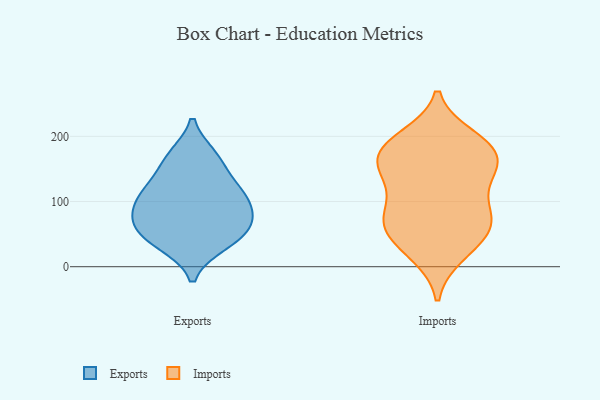
{"axis": {"x": "Inventory Turnover", "y": "Value"}, "legend": ["Exports", "Imports"], "data": [{"x": "", "y": 109, "type": "Exports"}, {"x": "", "y": 115, "type": "Exports"}, {"x": "", "y": 169, "type": "Exports"}, {"x": "", "y": 35, "type": "Exports"}, {"x": "", "y": 120, "type": "Exports"}, {"x": "", "y": 87, "type": "Exports"}, {"x": "", "y": 58, "type": "Exports"}, {"x": "", "y": 78, "type": "Exports"}, {"x": "", "y": 163, "type": "Exports"}, {"x": "", "y": 40, "type": "Exports"}, {"x": "", "y": 64, "type": "Exports"}, {"x": "", "y": 148, "type": "Imports"}, {"x": "", "y": 142, "type": "Imports"}, {"x": "", "y": 96, "type": "Imports"}, {"x": "", "y": 55, "type": "Imports"}, {"x": "", "y": 18, "type": "Imports"}, {"x": "", "y": 190, "type": "Imports"}, {"x": "", "y": 192, "type": "Imports"}, {"x": "", "y": 71, "type": "Imports"}, {"x": "", "y": 159, "type": "Imports"}, {"x": "", "y": 145, "type": "Imports"}, {"x": "", "y": 199, "type": "Imports"}, {"x": "", "y": 21, "type": "Imports"}, {"x": "", "y": 107, "type": "Imports"}, {"x": "", "y": 58, "type": "Imports"}, {"x": "", "y": 184, "type": "Imports"}, {"x": "", "y": 66, "type": "Imports"}, {"x": "", "y": 52, "type": "Imports"}, {"x": "", "y": 174, "type": "Imports"}, {"x": "", "y": 158, "type": "Imports"}, {"x": "", "y": 83, "type": "Imports"}]}